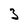
Character: 3